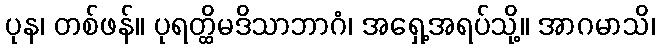
ပုန၊ တစ်ဖန်။ ပုရတ္ထိမဒိသာဘာဂံ၊ အရှေ့အရပ်သို့။ အာဂမာသိ၊